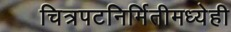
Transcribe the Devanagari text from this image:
चित्रपटनिर्मितीमध्येही